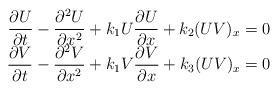
LaTeX: \begin{align*}\begin{array}{c}\dfrac{\partial U}{\partial t}-\dfrac{\partial ^{2}U}{\partial x^{2}}+k_{1}U\dfrac{\partial U}{\partial x}+k_{2}(UV)_{x}=0 \\ \dfrac{\partial V}{\partial t}-\dfrac{\partial ^{2}V}{\partial x^{2}}+k_{1}V\dfrac{\partial V}{\partial x}+k_{3}(UV)_{x}=0\end{array}\end{align*}